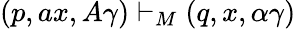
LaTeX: (p,ax,A\gamma)\vdash_{M}(q,x,\alpha\gamma)